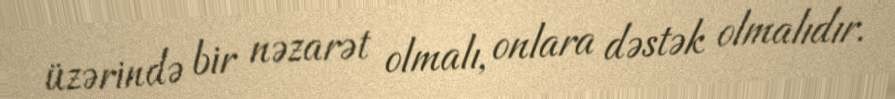
üzərində bir nəzarət olmalı, onlara dəstək olmalıdır.